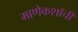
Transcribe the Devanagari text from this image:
माणेकशाँची